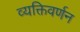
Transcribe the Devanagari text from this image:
व्यक्तिवर्णन